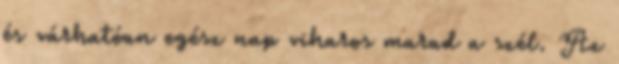
és várhatóan egész nap viharos marad a szél. Az